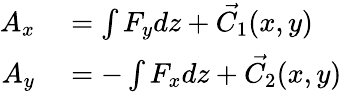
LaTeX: \begin{array}{rl}{A_{x}}&{{}=\int F_{y}dz+{\vec{C_{1}}}(x,y)}\\ {A_{y}}&{{}=-\int F_{x}dz+{\vec{C_{2}}}(x,y)}\end{array}